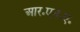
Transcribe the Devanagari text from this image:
आर॰एन॰ए॰